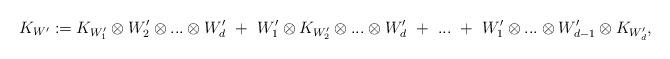
LaTeX: \begin{align*}K_{W'} := K_{W_1'} \otimes W_2' \otimes ...\otimes W_d' \ + \ W_1' \otimes K_{W_2'} \otimes ...\otimes W_d' \ + \ ... \ + \ W_1' \otimes ...\otimes W_{d-1}' \otimes K_{W_d'}, \end{align*}